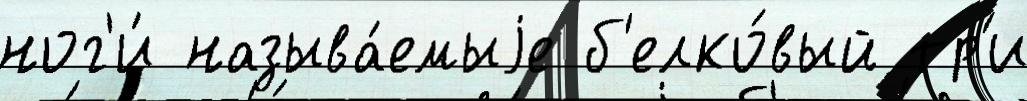
ног'и́ называ́емыjе б'елко́вый тр'и